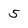
Character: 5